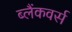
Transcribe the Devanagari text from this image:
ब्लैंकवर्स